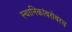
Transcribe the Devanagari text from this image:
स्थानिकांबरोबरच